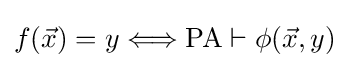
f({\vec {x}})=y\Longleftrightarrow \operatorname {PA} \vdash \phi ({\vec {x}},y)